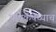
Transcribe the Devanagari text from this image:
पॉपकॅपच्याच